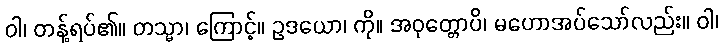
ဝါ၊ တန့်ရပ်၏။ တသ္မာ၊ ကြောင့်။ ဥဒယော၊ ကို။ အဝုတ္တောပိ၊ မဟောအပ်သော်လည်း။ ဝါ၊